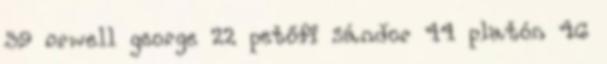
39 orwell george 22 petőfi sándor 44 platón 46